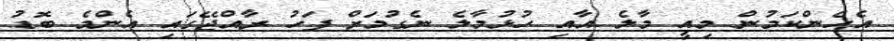
އެހެންކަމުން މިއީ މާލެ އާއި ހުޅުމާލެ ނެގުމަށް ފަހު ރާއްޖޭގައި އެންމެ ބޮޑު